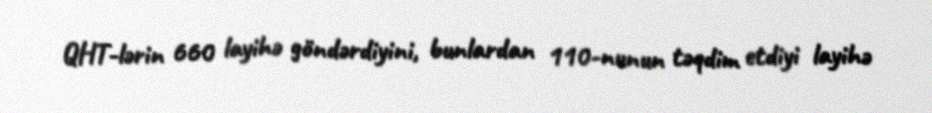
QHT-lərin 660 layihə göndərdiyini, bunlardan 110-nunun təqdim etdiyi layihə